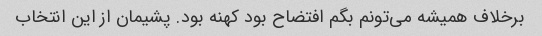
برخلاف همیشه می‌تونم بگم افتضاح بود کهنه بود. پشیمان از این انتخاب